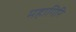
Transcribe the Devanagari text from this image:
महागिरि